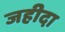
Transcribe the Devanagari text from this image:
जहीदा